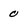
Character: 0